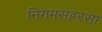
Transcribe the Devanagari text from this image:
निगमसहरसा